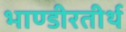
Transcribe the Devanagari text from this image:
भाण्डीरतीर्थ